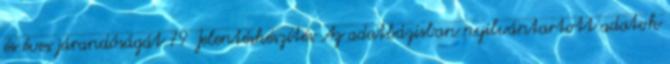
és éves járandóságát 79 Jelentéskészítés Az adatbázisban nyilvántartott adatok